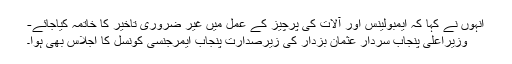
انہوں نے کہا کہ ایمبولینس اور آلات کی پرچیز کے عمل میں غیر ضروری تاخیر کا خاتمہ کیاجائے-
وزیراعلیٰ پنجاب سردار عثمان بزدار کی زیرصدارت پنجاب ایمرجنسی کونسل کا اجلاس بھی ہوا۔